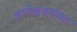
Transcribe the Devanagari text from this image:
ज्ञानेश्ववरांच्या